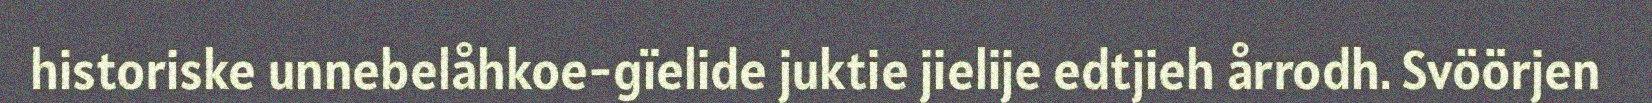
historiske unnebelåhkoe-gïelide juktie jielije edtjieh årrodh. Svöörjen